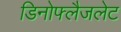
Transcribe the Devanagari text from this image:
डिनोफ्लैजलेट